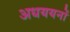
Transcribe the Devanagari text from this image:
अधययनों